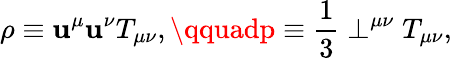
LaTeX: \rho\equiv\mathbf{u}^{\mu}\mathbf{u}^{\nu}T_{\mu\nu},\qquadp\equiv\frac{{1}}{{3}}\perp^{\mu\nu}T_{\mu\nu},